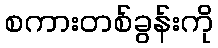
စကားတစ်ခွန်းကို